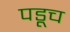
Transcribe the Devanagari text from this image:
पडूच